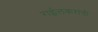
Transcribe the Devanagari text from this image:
राईलकरांची